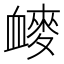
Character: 𰳩